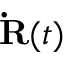
{ \bf \dot { R } } ( t )